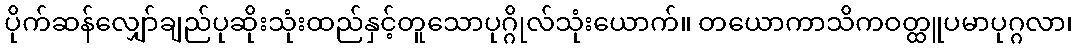
ပိုက်ဆန်လျှော်ချည်ပုဆိုးသုံးထည်နှင့်တူသောပုဂ္ဂိုလ်သုံးယောက်။ တယောကာသိကဝတ္ထူပမာပုဂ္ဂလာ၊